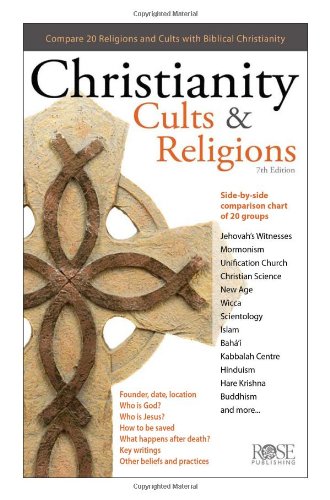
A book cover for Christianity, Cults & Religions; Rose Publishing; Christian Books & Bibles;